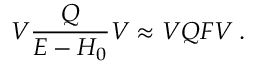
V { \frac { \cal Q } { E - H _ { 0 } } } V \approx V { \cal Q } F V \; .